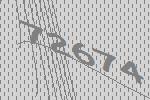
72674